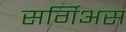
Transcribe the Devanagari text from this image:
सर्गिअस